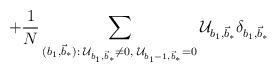
LaTeX: \begin{align*}+ \frac{1}{N}\sum_{(b_1,\vec{b}_\ast):\;\mathcal{U}_{b_1,\vec{b}_\ast}\neq 0, \; \mathcal{U}_{b_1-1,\vec{b}_\ast}= 0}\mathcal{U}_{b_1,\vec{b}_\ast}\delta_{b_1,\vec{b}_\ast}\;\;\;\end{align*}